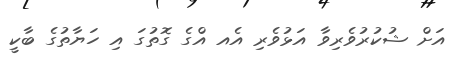
އަށް ޝުކުރުވެރިވާ އަޅުވެރި އެއ އްގެ ގޮތުގަ އި ހަޔާތުގެ ބާކީ